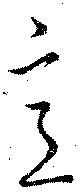
意